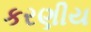
કરણીય